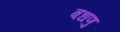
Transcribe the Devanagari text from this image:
बधणु